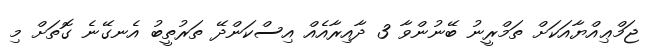
ޖަމްޢިއްޔާއަކަށް ތަމްރީނު ބޭނުންވާ 3 ދާއިރާއެއް އިސްކަންދޭ ތަރުތީބު އެނގޭނެ ގޮތަށް މި